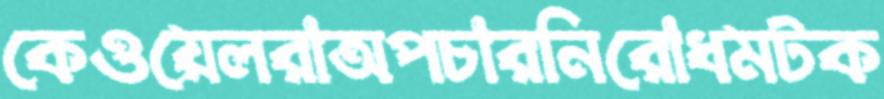
কেওয়েলরাঅপচারনিরোধমটক